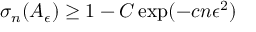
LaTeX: \sigma _ { n } ( A _ { \epsilon } ) \geq 1 - C \exp ( - c n \epsilon ^ { 2 } )